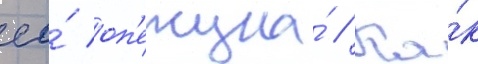
ео́ оп'екуна́ // Ка́к